Vaccination report Assam 1874-1896 - 1874-1896
Year: 1874
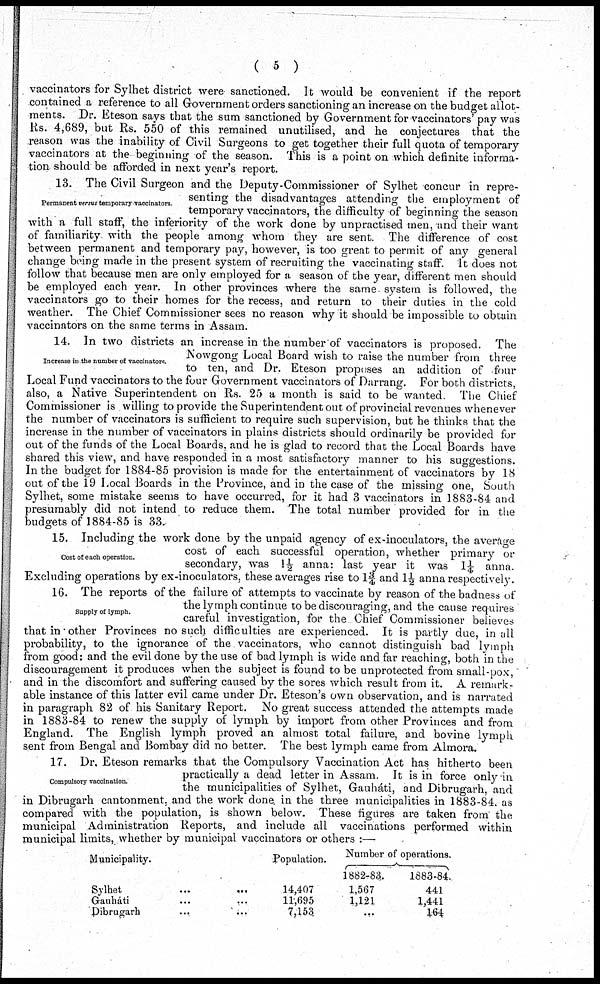
( 5 )
vaccinators for Sylhet district were sanctioned. It would be convenient if the report
contained a reference to all Government orders sanctioning an increase on the budget allot-
ments. Dr. Eteson says that the sum sanctioned by Government for vaccinators' pay was
Rs. 4,689, but Rs. 550 of this remained unutilised, and he conjectures that the
reason was the inability of Civil Surgeons to get together their full quota of temporary
vaccinators at the beginning of the season. This is a point on which definite informa-
tion should be afforded in next year's report.
Permanent versus temporary vaccinators
13. The Civil Surgeon and the Deputy-Commissioner of Sylhet concur in repre-
senting the disadvantages attending the employment of
temporary vaccinators, the difficulty of beginning the season
with a full staff, the inferiority of the work done by unpractised men, and their want
of familiarity with the people among whom they are sent. The difference of cost
between permanent and temporary pay, however, is too great to permit of any general
change being made in the present system of recruiting the vaccinating staff. It does not
follow that because men are only employed for a season of the year, different men should
be employed each year. In other provinces where the same. system is followed, the
vaccinators go to their homes for the recess, and return to their duties in the cold
weather. The Chief Commissioner sees no reason why it should be impossible to obtain
vaccinators on the same terms in Assam.
Increase in the number of vaccinators.
14. In two districts an increase in the number of vaccinators is proposed. The
Nowgong Local Board wish to raise the number from three
to ten, and Dr. Eteson proposes an addition of four
Local Fund vaccinators to the four Government vaccinators of Darrang. For both districts,
also, a Native Superintendent on Rs. 25 a month is said to be wanted. The Chief
Commissioner is willing to provide the Superintendent out of provincial revenues whenever
the number of vaccinators is sufficient to require such supervision, but he thinks that the
increase in the number of vaccinators in plains districts should ordinarily be provided for
out of the funds of the Local Boards. and he is glad to record that the Local Boards have
shared this view, and have responded in a most satisfactory manner to his suggestions.
In the budget for 1884-85 provision is made for the entertainment of vaccinators by 18
out of the 19 Local Boards in the Province, and in the case of the missing one, South
Sylhet, some mistake seems to have occurred, for it had 3 vaccinators in 1883-84 and
presumably did not intend to reduce them. The total number provided for in the
budgets of 1884-85 is 33.
Cost of each operation.
15. Including the work done by the unpaid agency of ex-inoculators, the average
cost of each successful operation, whether primary or
secondary, was 1½ anna: last year it was 1¼ anna.
Excluding operations by ex-inoculators, these averages rise to 13/4 and 1½ anna respectively.
Supply of lymph.
16. The reports of the failure of attempts to vaccinate by reason of the badness of
the lymph continue to be discouraging, and the cause requires
careful investigation, for the Chief Commissioner believes
that in other Provinces no such difficulties are experienced. It is partly due, in all
probability, to the ignorance of the vaccinators, who cannot distinguish bad lymph
from good: and the evil done by the use of bad lymph is wide and far reaching, both in the
discouragement it produces when the subject is found to be unprotected from small-pox,
and in the discomfort and suffering caused by the sores which result from it. A remark-
able instance of this latter evil came under Dr. Eteson's own observation, and is narrated
in paragraph 82 of his Sanitary Report. No great success attended the attempts made
in 1883-84 to renew the supply of lymph by import from other Provinces and from
England. The English lymph proved an almost total failure, and bovine lymph
sent from Bengal and Bombay did no better. The best lymph came from Almora.
Compulsory vaccination.
17. Dr.Eteson remarks that the Compulsory Vaccination Act has hitherto been
practically a dead letter in Assam. It is in force only in
the municipalities of Sylhet, Gauháti, and Dibrugarh, and
in Dibrugarh cantonment, and the work done in the three municipalities in 1883-84. as
compared with the population, is shown below. These figures are taken from the
municipal Administration Reports, and include all vaccinations performed within
municipal limits, whether by municipal vaccinators or others :—
Municipality.
Sylhet ... ...
Gauháti ... ...
Dibrugarh
...
...
Population.
14,407
11,695
7,153
Number of operations.
1882-83.
1,567
1,121
...
1883-84.
441
1,441
164